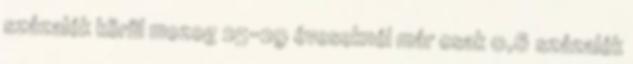
százalék körül mozog 25-29 éveseknél már csak 0,6 százalék